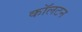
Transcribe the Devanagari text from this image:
काॅलटन